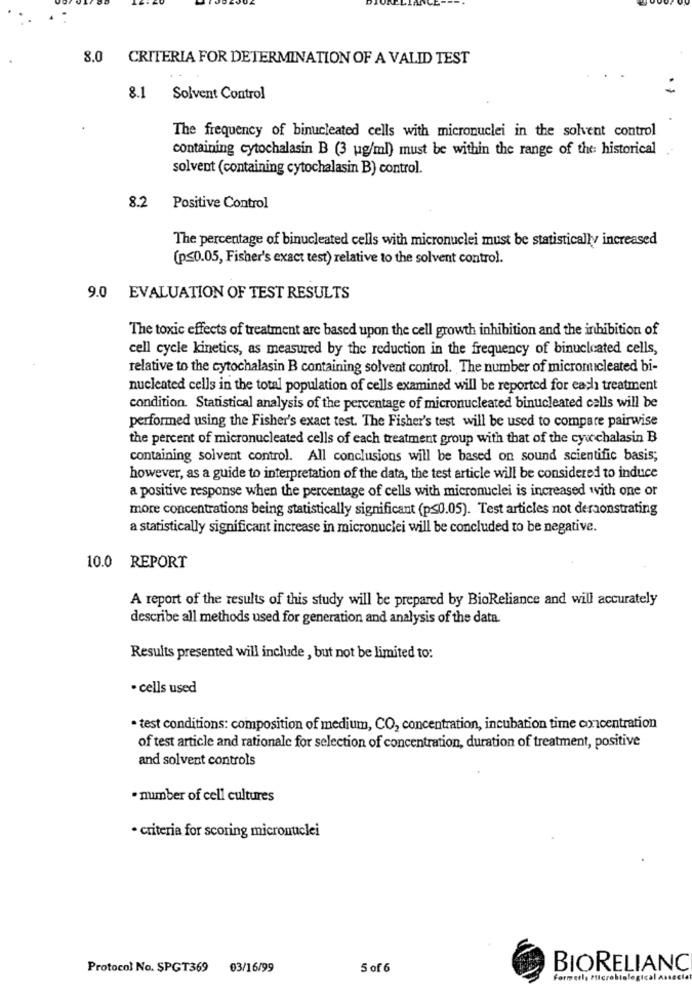
8.0
CRITERIA FOR DETERMINATION OF A VALID TEST
8.1 Solvent Control
The frequency of binucleated cells with micronuclei in the solvent control
containing cytochalasin B (3 ug/ml) must be within the range of the historical
solvent (containing cytochalasin B) control.
8.2
Positive Control
The percentage of binucleated cells with micronuclei must be statistically increased
(p<0.05, Fisher's exact test) relative to the solvent control.
9.0 EVALUATION OF TEST RESULTS
The toxic effects of treatment are based upon the cell growth inhibition and the inhibition of
cell cycle kinetics, as measured by the reduction in the frequency of binucleated cells,
relative to the cytochalasin B containing solvent control. The number of micromicleated bi-
nucleated cells in the total population of cells examined will be reported for each treatment
condition. Statistical analysis of the percentage of micronucleated binucleated calls will be
performed using the Fisher's exact test. The Fisher's test will be used to compare pairwise
the percent of micronucleated cells of each treatment group with that of the cywchalasin B
containing solvent control. All conclusions will be based on sound scientific basis;
however, as a guide to interpretation of the data, the test article will be considered to induce
a positive response when the percentage of cells with micronuclei is increased with one or
more concentrations being statistically significant (p<0.05). Test articles not deraonstrating
a statistically significant increase in micronuclei will be concluded to be negative.
10.0 REPORT
A report of the results of this study will be prepared by BioReliance and will accurately
describe all methods used for generation and analysis of the data.
Results presented will include , but not be limited to:
· cells used
· test conditions: composition of medium, CO, concentration, incubation time concentration
of test article and rationale for selection of concentration, duration of treatment, positive
and solvent controls
· number of cell cultures
· criteria for scoring micronuclei
Protocol No. SPGT369 03/16/99
5 of 6
BIORELIANC
Formerly Microbiological Associa